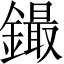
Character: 𲇤